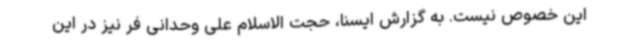
این خصوص نیست. به گزارش ایسنا، حجت الاسلام علی وحدانی فر نیز در این